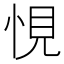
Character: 悓